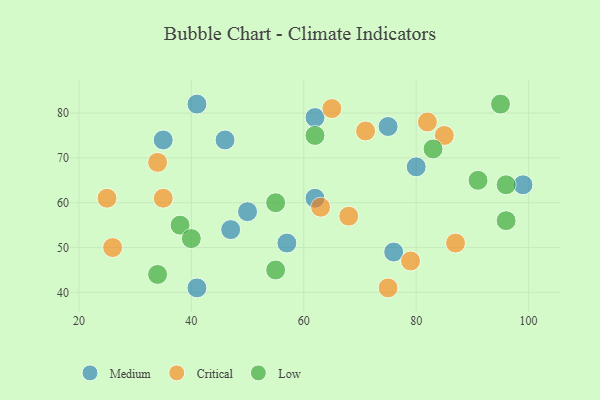
{"axis": {"x": "GDP", "y": "Life Expectancy"}, "legend": ["Critical", "Low", "Medium"], "data": [{"x": "57", "y": 51, "type": "Medium"}, {"x": "41", "y": 82, "type": "Medium"}, {"x": "46", "y": 74, "type": "Medium"}, {"x": "50", "y": 58, "type": "Medium"}, {"x": "99", "y": 64, "type": "Medium"}, {"x": "62", "y": 61, "type": "Medium"}, {"x": "35", "y": 74, "type": "Medium"}, {"x": "76", "y": 49, "type": "Medium"}, {"x": "75", "y": 77, "type": "Medium"}, {"x": "41", "y": 41, "type": "Medium"}, {"x": "47", "y": 54, "type": "Medium"}, {"x": "80", "y": 68, "type": "Medium"}, {"x": "62", "y": 79, "type": "Medium"}, {"x": "26", "y": 50, "type": "Critical"}, {"x": "82", "y": 78, "type": "Critical"}, {"x": "34", "y": 69, "type": "Critical"}, {"x": "25", "y": 61, "type": "Critical"}, {"x": "75", "y": 41, "type": "Critical"}, {"x": "35", "y": 61, "type": "Critical"}, {"x": "68", "y": 57, "type": "Critical"}, {"x": "79", "y": 47, "type": "Critical"}, {"x": "85", "y": 75, "type": "Critical"}, {"x": "65", "y": 81, "type": "Critical"}, {"x": "63", "y": 59, "type": "Critical"}, {"x": "87", "y": 51, "type": "Critical"}, {"x": "71", "y": 76, "type": "Critical"}, {"x": "62", "y": 75, "type": "Low"}, {"x": "95", "y": 82, "type": "Low"}, {"x": "83", "y": 72, "type": "Low"}, {"x": "55", "y": 45, "type": "Low"}, {"x": "34", "y": 44, "type": "Low"}, {"x": "96", "y": 64, "type": "Low"}, {"x": "96", "y": 56, "type": "Low"}, {"x": "38", "y": 55, "type": "Low"}, {"x": "40", "y": 52, "type": "Low"}, {"x": "55", "y": 60, "type": "Low"}, {"x": "91", "y": 65, "type": "Low"}]}